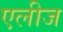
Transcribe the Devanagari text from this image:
एलीज